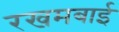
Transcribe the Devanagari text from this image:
रखमबाई